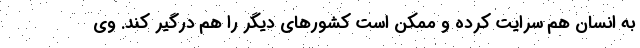
به انسان هم سرایت کرده و ممکن است کشورهای دیگر را هم درگیر کند. وی